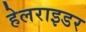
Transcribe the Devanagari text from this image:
हेलराइडर